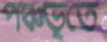
পঞ্চভূতে